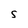
Character: S